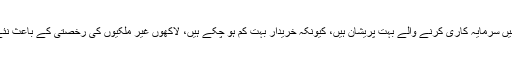
تاہم ہاؤسنگ کے شعبے میں سرمایہ کاری کرنے والے بہت پریشان ہیں، کیونکہ خریدار بہت کم ہو چکے ہیں، لاکھوں غیر مْلکیوں کی رخصتی کے باعث نئے مکانات خالی پڑے ہیں۔